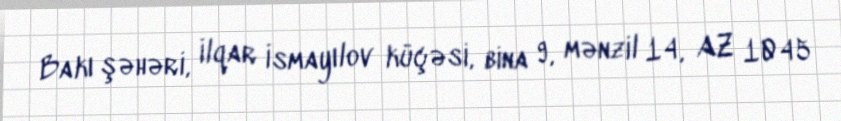
Bakı şəhəri, İlqar İsmayılov küçəsi, bina 9, mənzil 14, AZ 1045